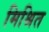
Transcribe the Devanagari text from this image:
मिश्रित